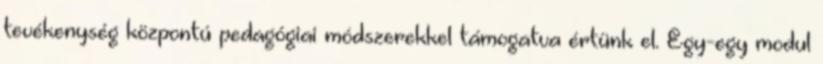
tevékenység központú pedagógiai módszerekkel támogatva értünk el. Egy-egy modul